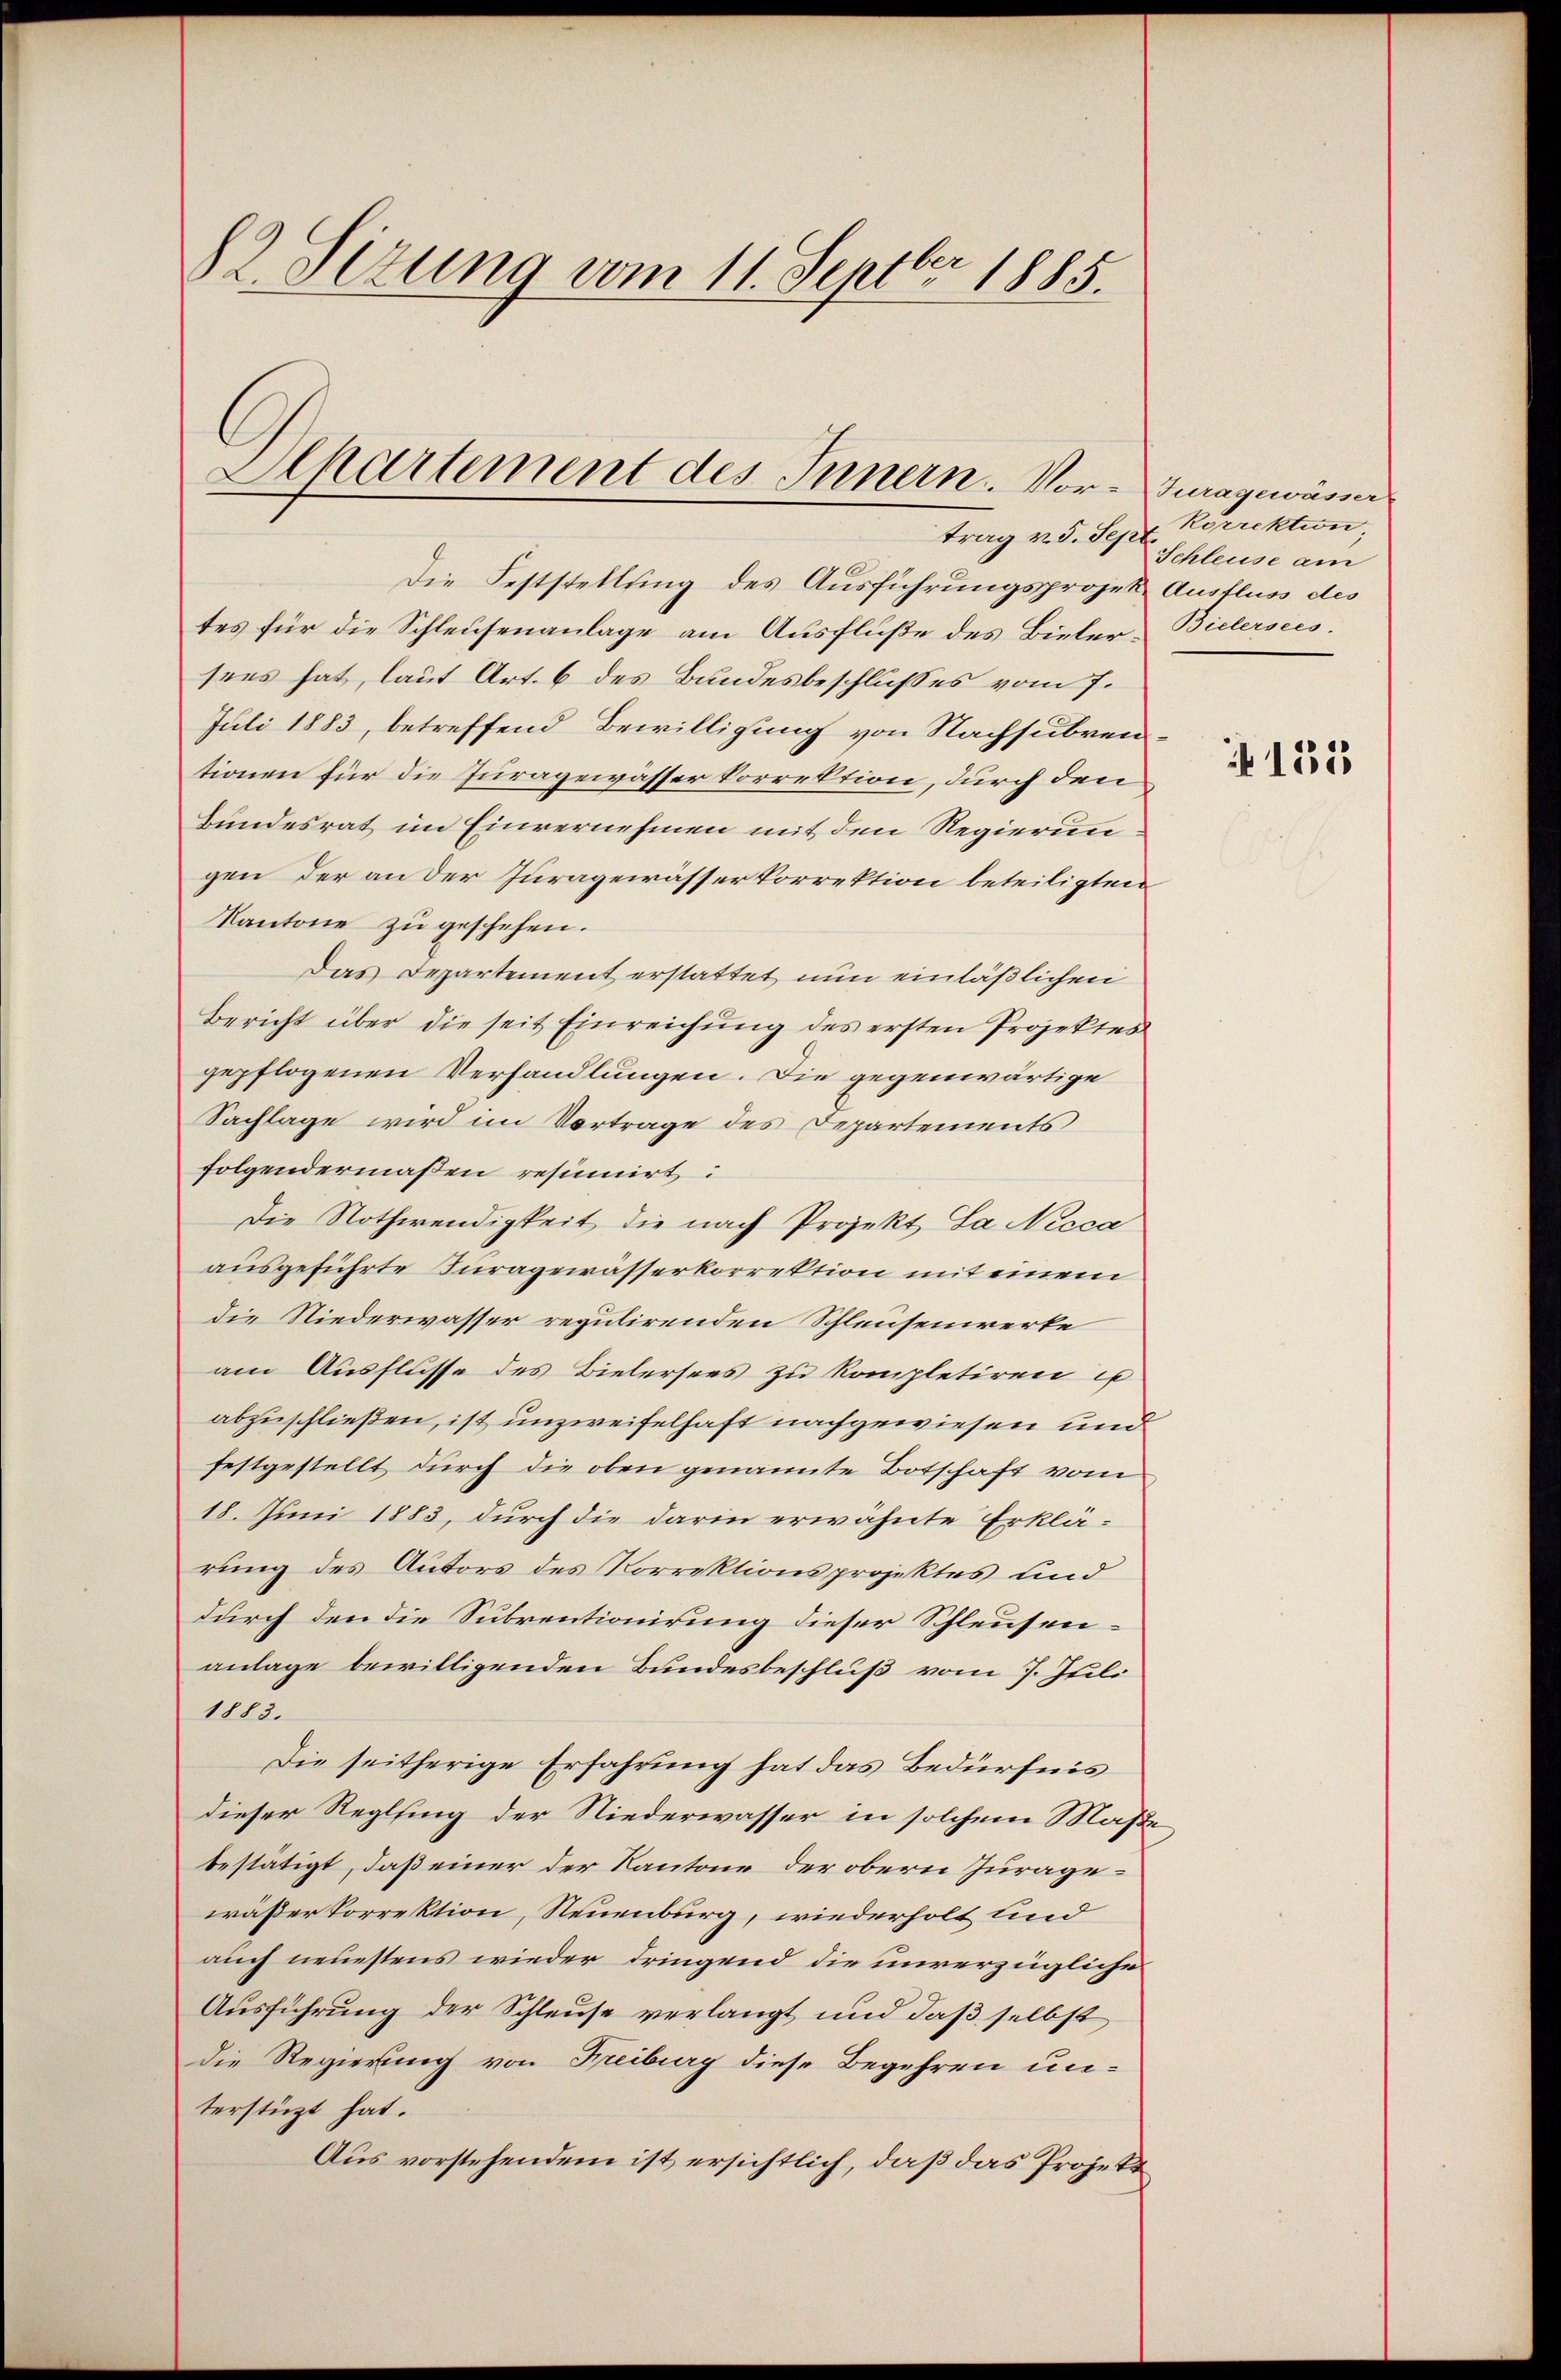
S2 Sizung vom 11. Septbr 1885.

Separtement des Innern. Vor- Juragewässer
trag v. 5. Sep

Die Feststellung des Ausführungsprojek- Ausfluss des
tes für die Schleusenanlage am Ausfluße des Bieler, Bielersees.
sees hat, laut Art. 6 des Bundesbeschlusses vom 7.
Juli 1883, betreffend Bewilligung von Nachsubventionen für die Juragewässer Vorrektion, durch den
Bundesrat im Einvernehmen mit den Regierungen der an der Juragewässerkorrektion beteiligten
Kantone zu geschehen.
Das Departement erstattet nun einläßlichen
Bericht über die seit Einreichung des ersten Projektes
gepflogenen Verhandlungen. Die gegenwärtige
Sachlage wird im Vortrage des Departements
folgendermaßen resinnirt:
Die Nothwendigkeit die nach Projekt La Nicca
ausgeführte Kuragewässerkorrektion mit einem
die Niederwasser regulirenden Schleusenwerke
am Ausflüsse des Bielersees zu kompletiren u
abzuschließen, ist unzweifelhaft nachgewiesen und
festgestellt durch die oben genannte Botschaft vom
18. Juni 1883, durch die darin erwähnte Erklärung des Autors des Korrektionsprojektes und
durch den die Subventionirung dieser Schleusenanlage bewilligenden Bundesbeschluß vom 7. Juli
1883.
Die seitherige Erfahrung hat das Bedürfnis
dieser Reglfing der Niederwasser in solchem Maße
bestätigt, daß einer der Kantone der obern Zuragewässerkorrektion, Neuenburg, wiederholt und
auch neuestens wieder dringend die unverzügliche
Ausführung der Schleuse verlangt und daß selbst
Die Regierung von Freiburg diese Begehren un-
terstüzt hat.
Aus vorstehendem ist ersichtlich, daß das Projekt

Korrektion
Schleuse am

+ 133